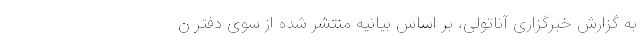
به گزارش خبرگزاری آناتولی، بر اساس بیانیه منتشر شده از سوی دفتر ن